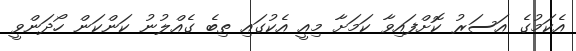
އެކަމުގެ އަސަރު ކޮށްފައިވާ ކަމަށާ މިއީ އެކުގައި ތިބެ ގެއްލުނު ކަންކަން ހޯދަންވީ